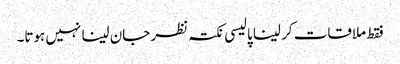
فقط ملاقات کر لینا پالیسی نکتہ نظر جان لینا نہیں ہوتا۔